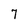
Character: 7